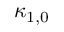
\kappa _ { 1 , 0 }